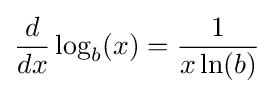
{d \over dx}\log _{b}(x)={1 \over x\ln(b)}